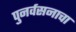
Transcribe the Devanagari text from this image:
पुनर्वसनाचा